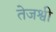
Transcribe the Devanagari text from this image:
तेजश्वी